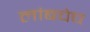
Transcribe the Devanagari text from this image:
लांबचेच